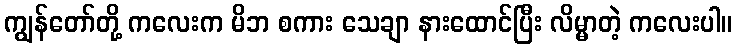
ကျွန်တော်တို့ ကလေးက မိဘ စကား သေချာ နားထောင်ပြီး လိမ္မာတဲ့ ကလေးပါ။